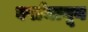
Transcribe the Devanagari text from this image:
वर्षामागून